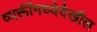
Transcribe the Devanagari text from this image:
व्यक्तींमध्येदेखील